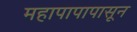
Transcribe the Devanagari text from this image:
महापापापासून